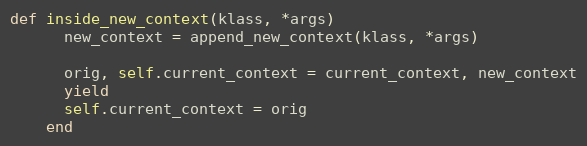
Language: Ruby
def inside_new_context(klass, *args)
      new_context = append_new_context(klass, *args)

      orig, self.current_context = current_context, new_context
      yield
      self.current_context = orig
    end